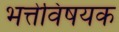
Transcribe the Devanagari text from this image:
भत्तेविषयक